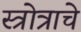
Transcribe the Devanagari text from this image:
स्त्रोत्राचे